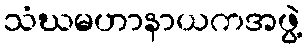
သံဃမဟာနာယကအဖွဲ့